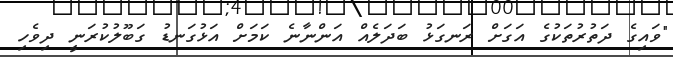
"ވައިގެ ދަތުރުތަކުގެ އަގަށް ރަނގަޅު ބަދަލެއް އަންނާނެ ކަމަށް އަޅުގަނޑު ގަބޫލުކުރަނީ ދިވެހި